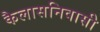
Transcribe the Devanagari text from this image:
कैलासनिवासी